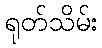
ရုတ်သိမ်း